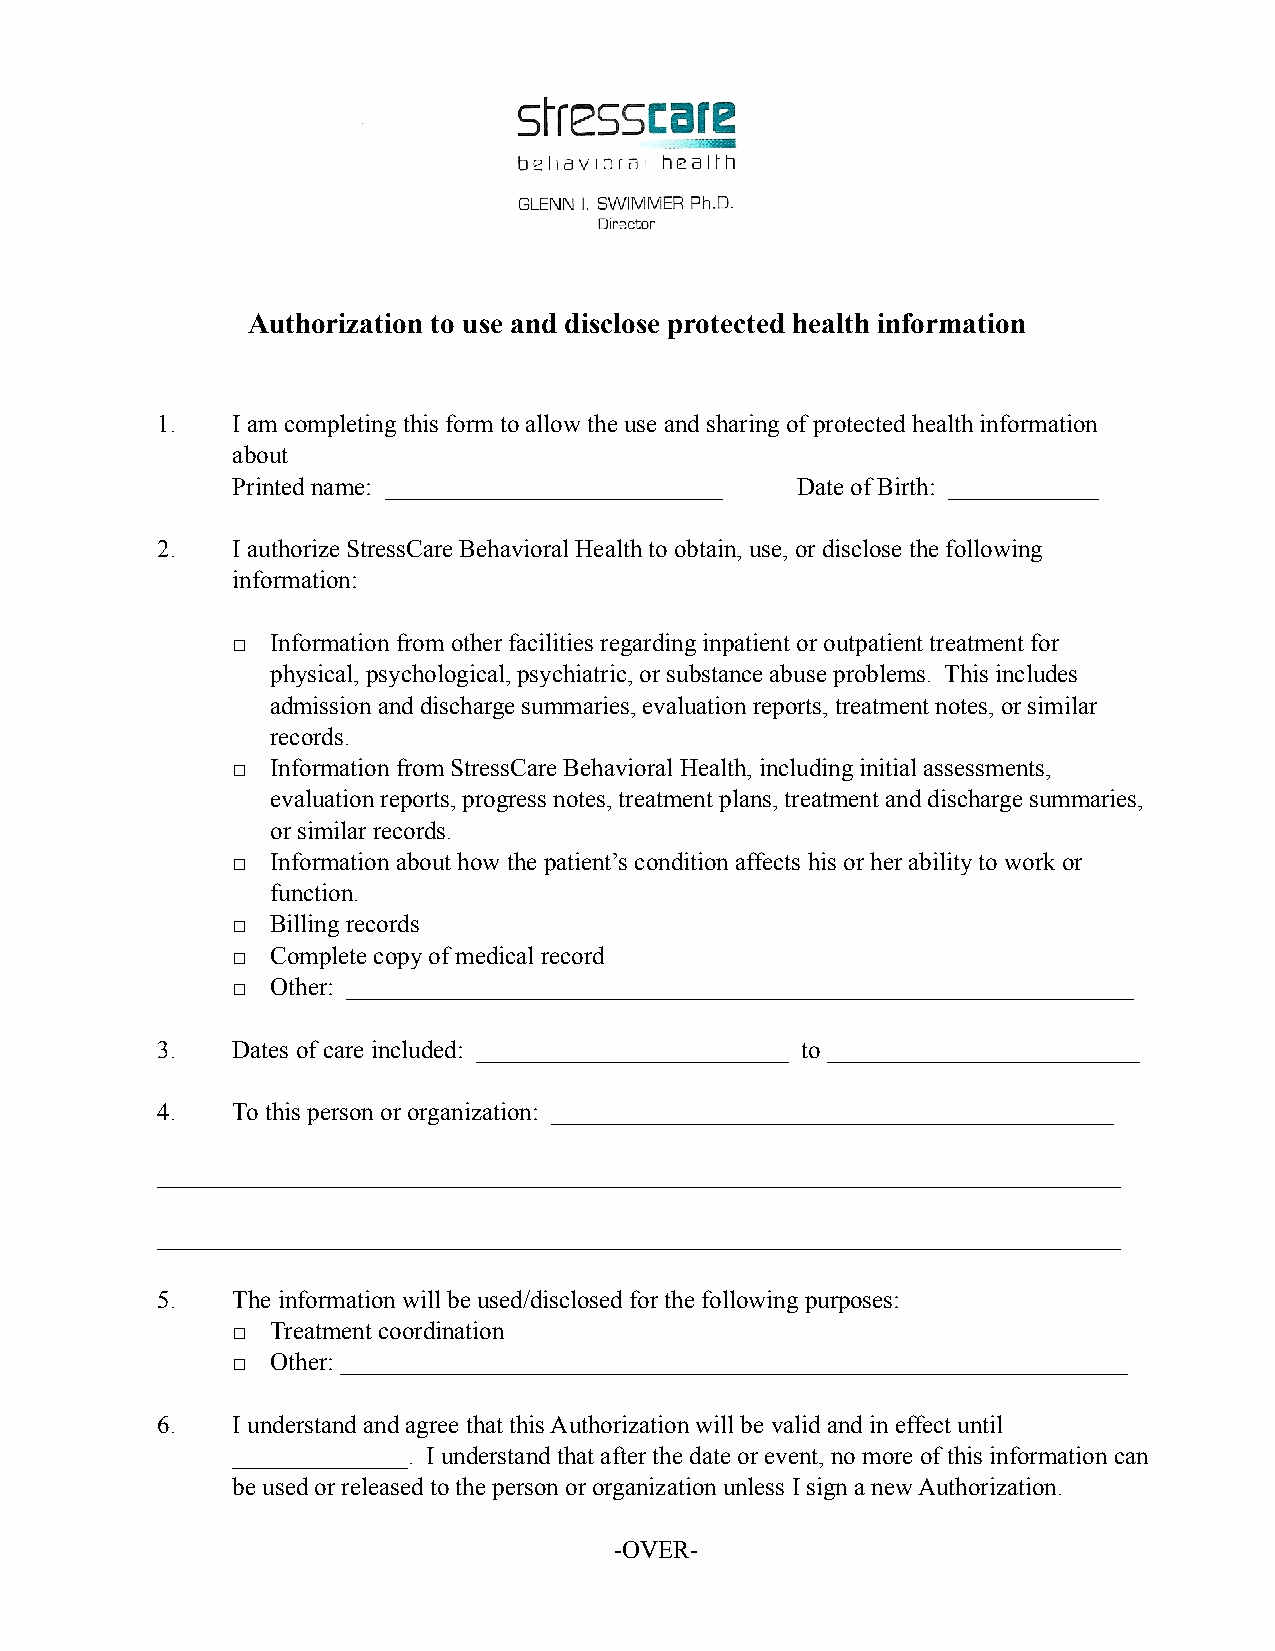
Authorization to use and disclose protected health information
 1.   I am completing this form to allow the use and sharing of protected health information
 about
 Printed name: ___________________________ Date of Birth: ____________
 2.   I authorize StressCare Behavioral Health to obtain, use, or disclose the following
 information:
 □  Information from other facilities regarding inpatient or outpatient treatment for
 physical, psychological, psychiatric, or substance abuse problems. This includes
 admission and discharge summaries, evaluation reports, treatment notes, or similar
 records.
 □  Information from StressCare Behavioral Health, including initial assessments,
 evaluation reports, progress notes, treatment plans, treatment and discharge summaries,
 or similar records.
 □  Information about how the patient’s condition affects his or her ability to work or
 function.
 □  Billing records
 □  Complete copy of medical record
 □  Other: _______________________________________________________________
 3.   Dates of care included: _________________________ to _________________________
 4.   To this person or organization: _____________________________________________
 _____________________________________________________________________________
 _____________________________________________________________________________
 5.   The information will be used/disclosed for the following purposes:
 □  Treatment coordination
 □  Other: _______________________________________________________________
 6.   I understand and agree that this Authorization will be valid and in effect until
 ______________. I understand that after the date or event, no more of this information can
 be used or released to the person or organization unless I sign a new Authorization.
 -OVER-